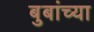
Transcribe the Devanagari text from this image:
बुबांच्या